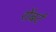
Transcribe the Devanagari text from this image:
रोंबर्ट